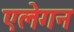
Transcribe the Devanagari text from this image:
एलेगन